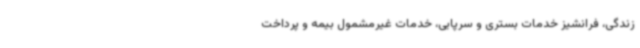
زندگی، فرانشیز خدمات بستری و سرپایی، خدمات غیرمشمول بیمه و پرداخت